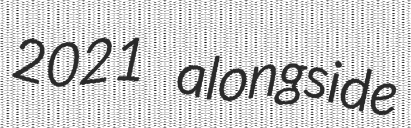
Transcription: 2021 alongside